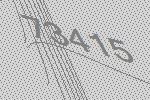
73415